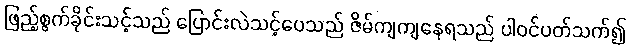
ဖြည့်စွက်ခိုင်းသင့်သည် ပြောင်းလဲသင့်ပေသည် ဇိမ်ကျကျနေရသည် ပါဝင်ပတ်သက်၍